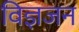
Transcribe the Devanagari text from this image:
विज्ञजन